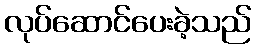
လုပ်ဆောင်ပေးခဲ့သည်